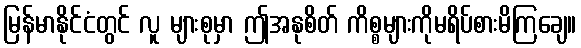
မြန်မာနိုင်ငံတွင် လူ များစုမှာ ဤအနုစိတ် ကိစ္စများကိုမရိပ်စားမိကြချေ။